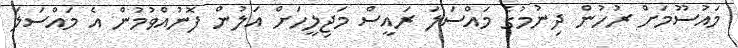
މައުސޫމަށް ރުހުން ދިނުމުގެ މައްސަލަ ރައީސް މަޖިލީހަށް އަލުން ފޮނުއްވުމުން އެ މައްސަލަ